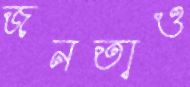
জনতাও